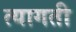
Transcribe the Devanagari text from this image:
त्यागती